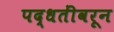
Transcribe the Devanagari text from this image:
पद्धतींवरून